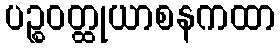
ပဉ္စဝတ္ထုယာစနကထာ